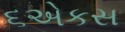
૬એકસ